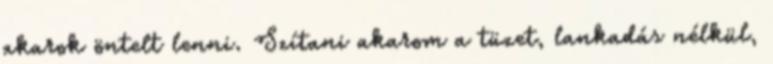
akarok öntelt lenni. Szítani akarom a tüzet, lankadás nélkül,